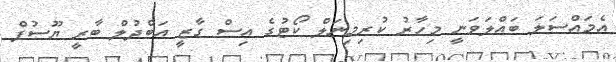
އެމައްސަލަ ބައްލަވަނީ މިހާރު ކުރިމިނަލް ކޯޓުގެ އިސް ގާޒީ އަބްދުލް ބާރީ ޔޫސުފް